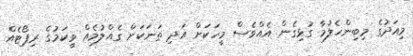
މިއަދުގެ މިބިންހެލުމާ ގުޅިގެން އެއްވެސް މީހަކަށް އަދި ތަނަކަށް ގެއްލުމެއް ވީކަމުގެ ރިޕޯޓެއް